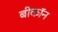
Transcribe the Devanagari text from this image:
बीकॉन